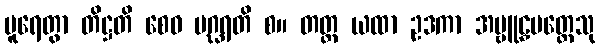
ပူရေတွာ တိဋ္ဌတိ စေဝ ပဂ္ဃရတိ စ။ တတ္ထ ယထာ ဥဒကာ အဗ္ဗူဠှမတ္တေသု